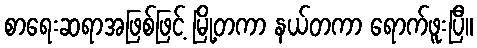
စာရေးဆရာအဖြစ်ဖြင့် မြို့တကာ နယ်တကာ ရောက်ဖူးပြီ။